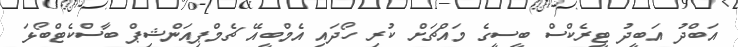
އަބްދު އަބީދު ޓީރެކްސް ބީސީގެ މައްޗަށް ކުރި ހޯދައި އެމްބީއޭ ޗެމްޕިއަންޝިޕް ބާސްކެޓްބޯޅަ